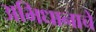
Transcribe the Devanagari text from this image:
अभिधानाचे